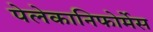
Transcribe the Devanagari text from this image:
पेलेकानिफोर्मेस